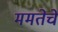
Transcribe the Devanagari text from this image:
ममतेचे